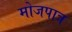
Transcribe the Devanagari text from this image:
मोजपात्र